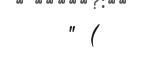
" (